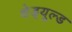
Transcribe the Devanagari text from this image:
शेड्‌यूल्ड